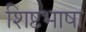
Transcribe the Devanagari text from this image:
शिष्टभाषा